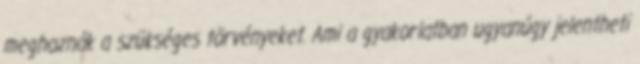
meghoznák a szükséges törvényeket. Ami a gyakorlatban ugyanúgy jelentheti